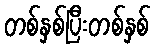
တစ်နှစ်ပြီးတစ်နှစ်